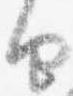
由